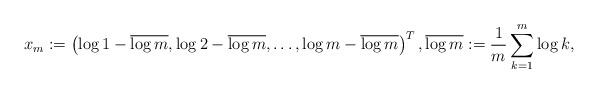
LaTeX: \begin{align*}x_m := \left(\log 1 - \overline{\log m}, \log 2 - \overline{\log m}, \ldots , \log m - \overline{\log m}\right)^T, \overline{\log m} := \frac{1}{m}\sum_{k=1}^m \log k,\end{align*}